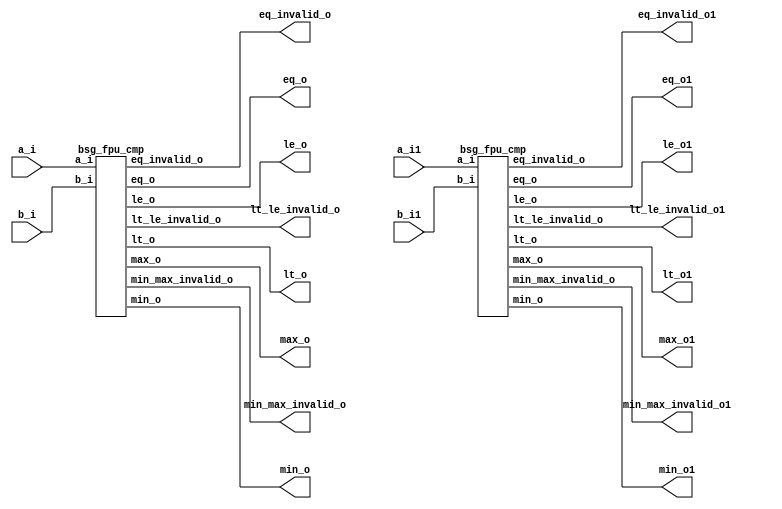


module top
(
  a_i,
  b_i,
  eq_o,
  lt_o,
  le_o,
  lt_le_invalid_o,
  eq_invalid_o,
  min_o,
  max_o,
  min_max_invalid_o,
  a_i1, // added for decompiling
  b_i1, // added for decompiling
  min_o1, // added for decompiling
  max_o1, // added for decompiling
  eq_o1, // added for decompiling
  lt_o1, // added for decompiling
  le_o1, // added for decompiling
  lt_le_invalid_o1, // added for decompiling
  eq_invalid_o1, // added for decompiling
  min_max_invalid_o1 // added for decompiling
);

  input [31:0] a_i;
  input [31:0] b_i;
  output [31:0] min_o;
  output [31:0] max_o;
  output eq_o;
  output lt_o;
  output le_o;
  output lt_le_invalid_o;
  output eq_invalid_o;
  output min_max_invalid_o;
  input [31:0] a_i1; // added for decompiling
  input [31:0] b_i1; // added for decompiling
  output [31:0] min_o1; // added for decompiling
  output [31:0] max_o1; // added for decompiling
  output eq_o1; // added for decompiling
  output lt_o1; // added for decompiling
  output le_o1; // added for decompiling
  output lt_le_invalid_o1; // added for decompiling
  output eq_invalid_o1; // added for decompiling
  output min_max_invalid_o1; // added for decompiling

  bsg_fpu_cmp
  wrapper
  (
    .a_i(a_i),
    .b_i(b_i),
    .min_o(min_o),
    .max_o(max_o),
    .eq_o(eq_o),
    .lt_o(lt_o),
    .le_o(le_o),
    .lt_le_invalid_o(lt_le_invalid_o),
    .eq_invalid_o(eq_invalid_o),
    .min_max_invalid_o(min_max_invalid_o)
  );

  bsg_fpu_cmp
  wrapper1
  (
    .a_i(a_i1), // added for decompiling
    .b_i(b_i1), // added for decompiling
    .min_o(min_o1), // added for decompiling
    .max_o(max_o1), // added for decompiling
    .eq_o(eq_o1), // added for decompiling
    .lt_o(lt_o1), // added for decompiling
    .le_o(le_o1), // added for decompiling
    .lt_le_invalid_o(lt_le_invalid_o1), // added for decompiling
    .eq_invalid_o(eq_invalid_o1), // added for decompiling
    .min_max_invalid_o(min_max_invalid_o1) // added for decompiling
  );


endmodule



module bsg_fpu_preprocess_e_p8_m_p23
(
  a_i,
  zero_o,
  nan_o,
  sig_nan_o,
  infty_o,
  exp_zero_o,
  man_zero_o,
  denormal_o,
  sign_o,
  exp_o,
  man_o
);

  input [31:0] a_i;
  output [7:0] exp_o;
  output [22:0] man_o;
  output zero_o;
  output nan_o;
  output sig_nan_o;
  output infty_o;
  output exp_zero_o;
  output man_zero_o;
  output denormal_o;
  output sign_o;
  wire [7:0] exp_o;
  wire [22:0] man_o;
  wire zero_o,nan_o,sig_nan_o,infty_o,exp_zero_o,man_zero_o,denormal_o,sign_o,a_i_31_,
  N0,N1,N2,N3,N4,N5,N6,N8,N9,N10,N11,N12,N13,N14,N15,N16,N17,N18,N19,N20,N21,N22,
  N23,N24,N25,N26,N27,N28,N29,N30,N31,N32,N33,N34,N35,N36,N38;
  assign a_i_31_ = a_i[31];
  assign sign_o = a_i_31_;
  assign exp_o[7] = a_i[30];
  assign exp_o[6] = a_i[29];
  assign exp_o[5] = a_i[28];
  assign exp_o[4] = a_i[27];
  assign exp_o[3] = a_i[26];
  assign exp_o[2] = a_i[25];
  assign exp_o[1] = a_i[24];
  assign exp_o[0] = a_i[23];
  assign man_o[22] = a_i[22];
  assign man_o[21] = a_i[21];
  assign man_o[20] = a_i[20];
  assign man_o[19] = a_i[19];
  assign man_o[18] = a_i[18];
  assign man_o[17] = a_i[17];
  assign man_o[16] = a_i[16];
  assign man_o[15] = a_i[15];
  assign man_o[14] = a_i[14];
  assign man_o[13] = a_i[13];
  assign man_o[12] = a_i[12];
  assign man_o[11] = a_i[11];
  assign man_o[10] = a_i[10];
  assign man_o[9] = a_i[9];
  assign man_o[8] = a_i[8];
  assign man_o[7] = a_i[7];
  assign man_o[6] = a_i[6];
  assign man_o[5] = a_i[5];
  assign man_o[4] = a_i[4];
  assign man_o[3] = a_i[3];
  assign man_o[2] = a_i[2];
  assign man_o[1] = a_i[1];
  assign man_o[0] = a_i[0];
  assign N0 = exp_o[6] | exp_o[7];
  assign N1 = exp_o[5] | N0;
  assign N2 = exp_o[4] | N1;
  assign N3 = exp_o[3] | N2;
  assign N4 = exp_o[2] | N3;
  assign N5 = exp_o[1] | N4;
  assign N6 = exp_o[0] | N5;
  assign exp_zero_o = ~N6;
  assign N8 = exp_o[6] & exp_o[7];
  assign N9 = exp_o[5] & N8;
  assign N10 = exp_o[4] & N9;
  assign N11 = exp_o[3] & N10;
  assign N12 = exp_o[2] & N11;
  assign N13 = exp_o[1] & N12;
  assign N14 = exp_o[0] & N13;
  assign N15 = man_o[21] | man_o[22];
  assign N16 = man_o[20] | N15;
  assign N17 = man_o[19] | N16;
  assign N18 = man_o[18] | N17;
  assign N19 = man_o[17] | N18;
  assign N20 = man_o[16] | N19;
  assign N21 = man_o[15] | N20;
  assign N22 = man_o[14] | N21;
  assign N23 = man_o[13] | N22;
  assign N24 = man_o[12] | N23;
  assign N25 = man_o[11] | N24;
  assign N26 = man_o[10] | N25;
  assign N27 = man_o[9] | N26;
  assign N28 = man_o[8] | N27;
  assign N29 = man_o[7] | N28;
  assign N30 = man_o[6] | N29;
  assign N31 = man_o[5] | N30;
  assign N32 = man_o[4] | N31;
  assign N33 = man_o[3] | N32;
  assign N34 = man_o[2] | N33;
  assign N35 = man_o[1] | N34;
  assign N36 = man_o[0] | N35;
  assign man_zero_o = ~N36;
  assign zero_o = exp_zero_o & man_zero_o;
  assign nan_o = N14 & N36;
  assign sig_nan_o = nan_o & N38;
  assign N38 = ~man_o[22];
  assign infty_o = N14 & man_zero_o;
  assign denormal_o = exp_zero_o & N36;

endmodule



module bsg_less_than_width_p31
(
  a_i,
  b_i,
  o
);

  input [30:0] a_i;
  input [30:0] b_i;
  output o;
  wire o;
  assign o = a_i < b_i;

endmodule



module bsg_fpu_cmp
(
  a_i,
  b_i,
  eq_o,
  lt_o,
  le_o,
  lt_le_invalid_o,
  eq_invalid_o,
  min_o,
  max_o,
  min_max_invalid_o
);

  input [31:0] a_i;
  input [31:0] b_i;
  output [31:0] min_o;
  output [31:0] max_o;
  output eq_o;
  output lt_o;
  output le_o;
  output lt_le_invalid_o;
  output eq_invalid_o;
  output min_max_invalid_o;
  wire [31:0] min_o,max_o;
  wire eq_o,lt_o,le_o,lt_le_invalid_o,eq_invalid_o,min_max_invalid_o,N0,N1,N2,N3,N4,N5,
  N6,N7,N8,a_zero,a_nan,a_sig_nan,a_infty,a_sign,b_zero,b_nan,b_sig_nan,b_infty,
  b_sign,mag_a_lt,N9,N10,N11,N12,N13,N14,N15,N16,N17,N18,N19,N20,N21,N22,N23,N24,
  N25,N26,N27,N28,N29,N30,N31,N32,N33,N34,N35,N36,N37,N38,N39,N40,N41,N42,N43,N44,
  N45,N46,N47,N48,N49,N50,N51,N52,N53,N54,N55,N56,N57,N58,N59,N60,N61,N62,N63,N64,
  N65,N66,N67,N68,N69,N70,N71,N72,N73,N74,N75,N76,N77,N78,N79,N80,N81,N82,N83,N84,
  N85,N86,N87,N88,N89,N90,N91,N92,N93,N94,N95,N96,N97,N98,N99,N100,N101,N102,N103,
  N104,N105,N106,N107,N108,N109,N110,N111,sv2v_dc_1,sv2v_dc_2,sv2v_dc_3,sv2v_dc_4,
  sv2v_dc_5,sv2v_dc_6,sv2v_dc_7,sv2v_dc_8,sv2v_dc_9,sv2v_dc_10,sv2v_dc_11,sv2v_dc_12,
  sv2v_dc_13,sv2v_dc_14,sv2v_dc_15,sv2v_dc_16,sv2v_dc_17,sv2v_dc_18,sv2v_dc_19,
  sv2v_dc_20,sv2v_dc_21,sv2v_dc_22,sv2v_dc_23,sv2v_dc_24,sv2v_dc_25,sv2v_dc_26,
  sv2v_dc_27,sv2v_dc_28,sv2v_dc_29,sv2v_dc_30,sv2v_dc_31,sv2v_dc_32,sv2v_dc_33,
  sv2v_dc_34,sv2v_dc_35,sv2v_dc_36,sv2v_dc_37,sv2v_dc_38,sv2v_dc_39,sv2v_dc_40,sv2v_dc_41,
  sv2v_dc_42,sv2v_dc_43,sv2v_dc_44,sv2v_dc_45,sv2v_dc_46,sv2v_dc_47,sv2v_dc_48,
  sv2v_dc_49,sv2v_dc_50,sv2v_dc_51,sv2v_dc_52,sv2v_dc_53,sv2v_dc_54,sv2v_dc_55,
  sv2v_dc_56,sv2v_dc_57,sv2v_dc_58,sv2v_dc_59,sv2v_dc_60,sv2v_dc_61,sv2v_dc_62;

  bsg_fpu_preprocess_e_p8_m_p23
  a_preprocess
  (
    .a_i(a_i),
    .zero_o(a_zero),
    .nan_o(a_nan),
    .sig_nan_o(a_sig_nan),
    .infty_o(a_infty),
    .sign_o(a_sign),
    .exp_o({ sv2v_dc_1, sv2v_dc_2, sv2v_dc_3, sv2v_dc_4, sv2v_dc_5, sv2v_dc_6, sv2v_dc_7, sv2v_dc_8 }),
    .man_o({ sv2v_dc_9, sv2v_dc_10, sv2v_dc_11, sv2v_dc_12, sv2v_dc_13, sv2v_dc_14, sv2v_dc_15, sv2v_dc_16, sv2v_dc_17, sv2v_dc_18, sv2v_dc_19, sv2v_dc_20, sv2v_dc_21, sv2v_dc_22, sv2v_dc_23, sv2v_dc_24, sv2v_dc_25, sv2v_dc_26, sv2v_dc_27, sv2v_dc_28, sv2v_dc_29, sv2v_dc_30, sv2v_dc_31 })
  );


  bsg_fpu_preprocess_e_p8_m_p23
  b_preprocess
  (
    .a_i(b_i),
    .zero_o(b_zero),
    .nan_o(b_nan),
    .sig_nan_o(b_sig_nan),
    .infty_o(b_infty),
    .sign_o(b_sign),
    .exp_o({ sv2v_dc_32, sv2v_dc_33, sv2v_dc_34, sv2v_dc_35, sv2v_dc_36, sv2v_dc_37, sv2v_dc_38, sv2v_dc_39 }),
    .man_o({ sv2v_dc_40, sv2v_dc_41, sv2v_dc_42, sv2v_dc_43, sv2v_dc_44, sv2v_dc_45, sv2v_dc_46, sv2v_dc_47, sv2v_dc_48, sv2v_dc_49, sv2v_dc_50, sv2v_dc_51, sv2v_dc_52, sv2v_dc_53, sv2v_dc_54, sv2v_dc_55, sv2v_dc_56, sv2v_dc_57, sv2v_dc_58, sv2v_dc_59, sv2v_dc_60, sv2v_dc_61, sv2v_dc_62 })
  );


  bsg_less_than_width_p31
  lt_mag
  (
    .a_i(a_i[30:0]),
    .b_i(b_i[30:0]),
    .o(mag_a_lt)
  );

  assign N14 = a_i == b_i;
  assign N17 = N15 & N16;
  assign N18 = a_sign | N16;
  assign N20 = N15 | b_sign;
  assign N22 = a_sign & b_sign;
  assign N26 = (N0)? mag_a_lt : 
               (N1)? 1'b0 : 
               (N2)? 1'b1 : 
               (N3)? N24 : 1'b0;
  assign N0 = N17;
  assign N1 = N19;
  assign N2 = N21;
  assign N3 = N22;
  assign N27 = (N0)? N23 : 
               (N1)? 1'b0 : 
               (N2)? 1'b1 : 
               (N3)? N25 : 1'b0;
  assign eq_o = (N4)? 1'b0 : 
                (N29)? 1'b1 : 
                (N12)? N14 : 1'b0;
  assign N4 = N9;
  assign lt_o = (N4)? 1'b0 : 
                (N29)? 1'b0 : 
                (N12)? N26 : 1'b0;
  assign le_o = (N4)? 1'b0 : 
                (N29)? 1'b1 : 
                (N12)? N27 : 1'b0;
  assign lt_le_invalid_o = (N4)? 1'b1 : 
                           (N29)? 1'b0 : 
                           (N12)? 1'b0 : 1'b0;
  assign eq_invalid_o = (N4)? N13 : 
                        (N29)? 1'b0 : 
                        (N12)? 1'b0 : 1'b0;
  assign { N73, N72, N71, N70, N69, N68, N67, N66, N65, N64, N63, N62, N61, N60, N59, N58, N57, N56, N55, N54, N53, N52, N51, N50, N49, N48, N47, N46, N45, N44, N43, N42 } = (N5)? { N40, 1'b0, 1'b0, 1'b0, 1'b0, 1'b0, 1'b0, 1'b0, 1'b0, 1'b0, 1'b0, 1'b0, 1'b0, 1'b0, 1'b0, 1'b0, 1'b0, 1'b0, 1'b0, 1'b0, 1'b0, 1'b0, 1'b0, 1'b0, 1'b0, 1'b0, 1'b0, 1'b0, 1'b0, 1'b0, 1'b0, 1'b0 } : 
                                                                                                                                                                              (N107)? a_i : 
                                                                                                                                                                              (N39)? b_i : 1'b0;
  assign N5 = N37;
  assign { N105, N104, N103, N102, N101, N100, N99, N98, N97, N96, N95, N94, N93, N92, N91, N90, N89, N88, N87, N86, N85, N84, N83, N82, N81, N80, N79, N78, N77, N76, N75, N74 } = (N5)? { N41, 1'b0, 1'b0, 1'b0, 1'b0, 1'b0, 1'b0, 1'b0, 1'b0, 1'b0, 1'b0, 1'b0, 1'b0, 1'b0, 1'b0, 1'b0, 1'b0, 1'b0, 1'b0, 1'b0, 1'b0, 1'b0, 1'b0, 1'b0, 1'b0, 1'b0, 1'b0, 1'b0, 1'b0, 1'b0, 1'b0, 1'b0 } : 
                                                                                                                                                                                    (N107)? b_i : 
                                                                                                                                                                                    (N39)? a_i : 1'b0;
  assign min_o = (N6)? { 1'b0, 1'b1, 1'b1, 1'b1, 1'b1, 1'b1, 1'b1, 1'b1, 1'b1, 1'b1, 1'b0, 1'b0, 1'b0, 1'b0, 1'b0, 1'b0, 1'b0, 1'b0, 1'b0, 1'b0, 1'b0, 1'b0, 1'b0, 1'b0, 1'b0, 1'b0, 1'b0, 1'b0, 1'b0, 1'b0, 1'b0, 1'b0 } : 
                 (N7)? b_i : 
                 (N8)? a_i : 
                 (N35)? { N73, N72, N71, N70, N69, N68, N67, N66, N65, N64, N63, N62, N61, N60, N59, N58, N57, N56, N55, N54, N53, N52, N51, N50, N49, N48, N47, N46, N45, N44, N43, N42 } : 1'b0;
  assign N6 = N30;
  assign N7 = N31;
  assign N8 = N32;
  assign max_o = (N6)? { 1'b0, 1'b1, 1'b1, 1'b1, 1'b1, 1'b1, 1'b1, 1'b1, 1'b1, 1'b1, 1'b0, 1'b0, 1'b0, 1'b0, 1'b0, 1'b0, 1'b0, 1'b0, 1'b0, 1'b0, 1'b0, 1'b0, 1'b0, 1'b0, 1'b0, 1'b0, 1'b0, 1'b0, 1'b0, 1'b0, 1'b0, 1'b0 } : 
                 (N7)? b_i : 
                 (N8)? a_i : 
                 (N35)? { N105, N104, N103, N102, N101, N100, N99, N98, N97, N96, N95, N94, N93, N92, N91, N90, N89, N88, N87, N86, N85, N84, N83, N82, N81, N80, N79, N78, N77, N76, N75, N74 } : 1'b0;
  assign min_max_invalid_o = (N6)? N36 : 
                             (N7)? a_sig_nan : 
                             (N8)? b_sig_nan : 
                             (N35)? 1'b0 : 1'b0;
  assign N9 = a_nan | b_nan;
  assign N10 = a_zero & b_zero;
  assign N11 = N10 | N9;
  assign N12 = ~N11;
  assign N13 = a_sig_nan | b_sig_nan;
  assign N15 = ~a_sign;
  assign N16 = ~b_sign;
  assign N19 = ~N18;
  assign N21 = ~N20;
  assign N23 = mag_a_lt | N14;
  assign N24 = N108 & N109;
  assign N108 = ~mag_a_lt;
  assign N109 = ~N14;
  assign N25 = N108 | N14;
  assign N28 = ~N9;
  assign N29 = N10 & N28;
  assign N30 = a_nan & b_nan;
  assign N31 = a_nan & N110;
  assign N110 = ~b_nan;
  assign N32 = N111 & b_nan;
  assign N111 = ~a_nan;
  assign N33 = N31 | N30;
  assign N34 = N32 | N33;
  assign N35 = ~N34;
  assign N36 = a_sig_nan | b_sig_nan;
  assign N37 = a_zero & b_zero;
  assign N38 = lt_o | N37;
  assign N39 = ~N38;
  assign N40 = a_sign | b_sign;
  assign N41 = a_sign & b_sign;
  assign N106 = ~N37;
  assign N107 = lt_o & N106;

endmodule